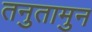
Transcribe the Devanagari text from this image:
तनुतामुन